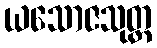
ယသောဇသုတ္တ